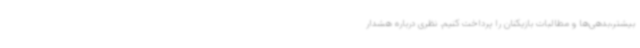
بیشتر،بدهی‌ها و مطالبات بازیکنان را پرداخت کنیم. نظری درباره هشدار